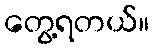
တွေ့ရတယ်။